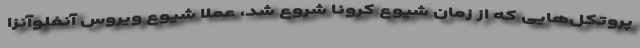
پروتکل‌هایی که از زمان شیوع کرونا شروع شد، عملا شیوع ویروس آنفلوآنزا